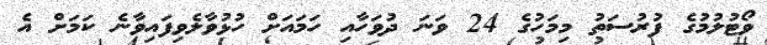
ވޯޓުލުމުގެ ފުރުސަތު މިމަހުގެ 24 ވަނަ ދުވަހާއި ހަމައަށް ހުޅުވާލެވިފައިވާނެ ކަމަށް އެ